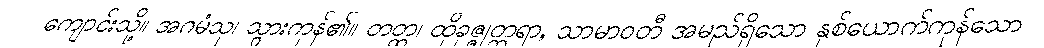
ကျောင်းသို့။ အဂမံသု၊ သွားကုန်၏။ တတ္ထ၊ ထိုခုဇ္ဇုတ္တရာ, သာမာဝတီ အမည်ရှိသော နှစ်ယောက်ကုန်သော